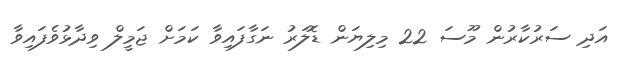
އަދި ސަރުކާރުން މޫސަ 22 މިލިޔަން ޑޮލަރު ނަގާފައިވާ ކަމަށް ޖަމީލް ވިދާޅުވެފައިވާ